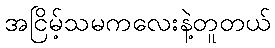
အငြိမ့်သမကလေးနဲ့တူတယ်